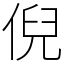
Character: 倪